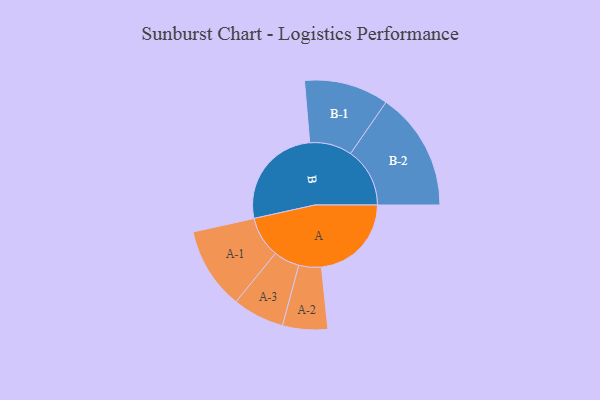
{"axis": {"x": "Segment", "y": "Value"}, "legend": ["", "A", "B"], "data": [{"x": "A", "y": 428, "type": ""}, {"x": "B", "y": 497, "type": ""}, {"x": "A-1", "y": 195, "type": "A"}, {"x": "A-2", "y": 107, "type": "A"}, {"x": "A-3", "y": 123, "type": "A"}, {"x": "B-1", "y": 201, "type": "B"}, {"x": "B-2", "y": 282, "type": "B"}]}